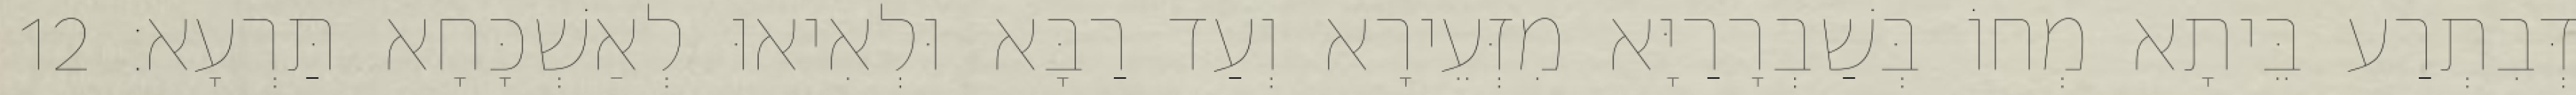
דְּבִתְרַע בֵּיתָא מְחוֹ בְּשַׁבְרָרַיָּא מִזְּעֵירָא וְעַד רַבָּא וּלְאִיאוּ לְאַשְׁכָּחָא תַּרְעָא׃ 12